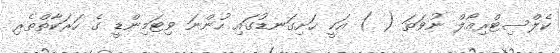
ކެލްސިޓްރިއޯލް ނުވަތަ ( ) އަކީ ހަށިގަނޑުގައި ހުންނަ ވިޓަމިންޑީ ގެ ހަރަކާތްތެރި